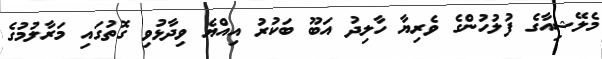
މެލޭޝިއާގެ ފުލުހުންގެ ވެރިޔާ ހާލިދު އަބޫ ބަކުރު އިއްޔެ ވިދާޅުވި ގޮތުގައި މަރާލުމުގެ